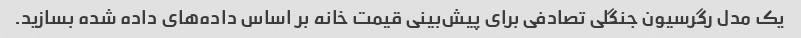
یک مدل رگرسیون جنگلی تصادفی برای پیش‌بینی قیمت خانه بر اساس داده‌های داده شده بسازید.